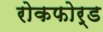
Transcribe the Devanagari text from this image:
रोकफोर्ड